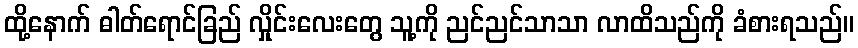
ထို့နောက် ဓါတ်ရောင်ခြည် လှိုင်းလေးတွေ သူ့ကို ညင်ညင်သာသာ လာထိသည်ကို ခံစားရသည်။